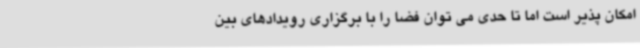
امکان پذیر است اما تا حدی می توان فضا را با برگزاری رویدادهای بین